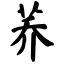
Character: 荞